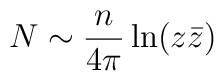
N \sim \frac{n}{4\pi}\ln(z\bar z)